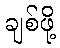
ချစ်ဖို့